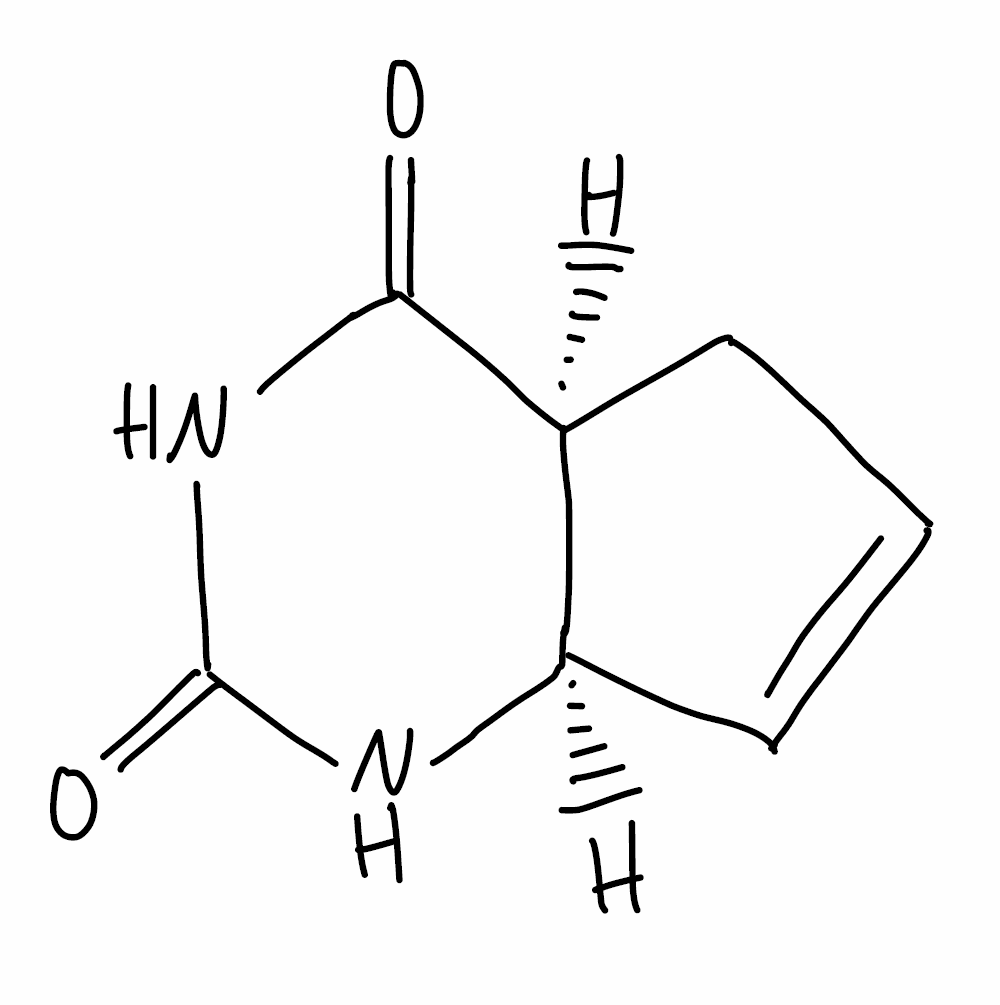
Simplified molecular-input line-entry system (SMILES) notation of the given molecule:
C1C=C[C@@H]2[C@H]1C(=O)NC(=O)N2